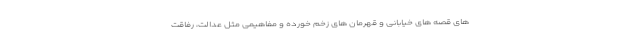
های قصه های خیابانی و قهرمان های زخم خورده و مفاهیمی مثل عدالت، رفاقت